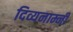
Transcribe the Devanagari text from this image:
दिव्यनाम्नी